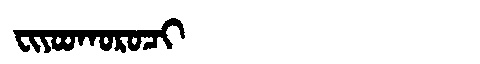
Manchu: ᠸᡳᠶᠣᠣᡴᠣᡵᠣᠴᡳ
Romanization: FIYOOKOROCI